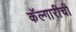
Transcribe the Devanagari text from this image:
कॅल्गारीची